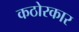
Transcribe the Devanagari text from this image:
कठोरकार